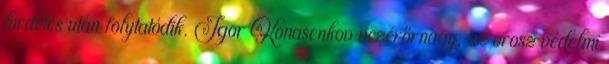
hirdetés után folytatódik. Igor Konasenkov vezérőrnagy, az orosz védelmi